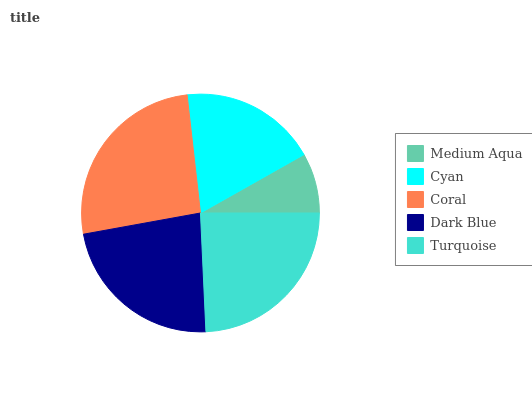
| Medium Aqua | Cyan | Coral | Dark Blue | Turquoise |
 | --- | --- | --- | --- | --- |
 | 8.18% | 18.6% | 26.1% | 22.9% | 24.2% |